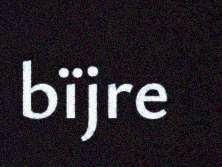
bïjre